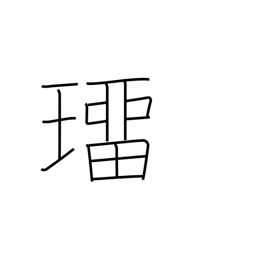
Meaning: precious stone